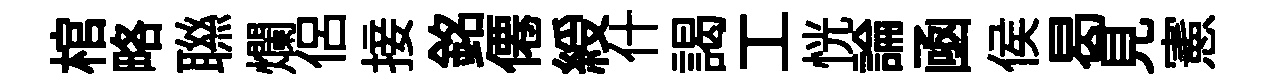
棺略聮爛侣接銘僊綬什謁工恍論凾侯曷見憲